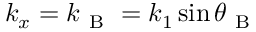
k _ { x } = k _ { \mathrm { ~ B ~ } } = k _ { 1 } \sin \theta _ { \mathrm { ~ B ~ } }